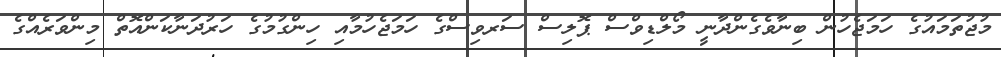
މުޖުތަމައުގެ ހަމަޖެހުން ބިނާވެގެންދާނީ މޯލްޑިވްސް ޕޮލިސް ސަރވިސްގެ ހަމަޖެހުމާއި ހިންގުމުގެ ހަރުދަނާކަންއޮތް މިންވަރެއްގެ